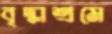
বৃদ্ধাশ্রমে